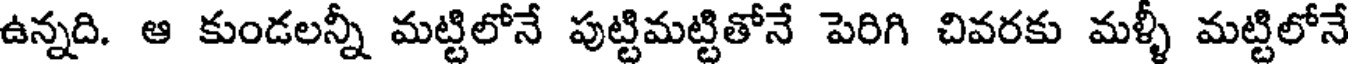
ఉన్నది. ఆ కుండలన్నీ మట్టిలోనే పుట్టిమట్టితోనే పెరిగి చివరకు మళ్ళీ మట్టిలోనే